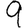
Digit: 9